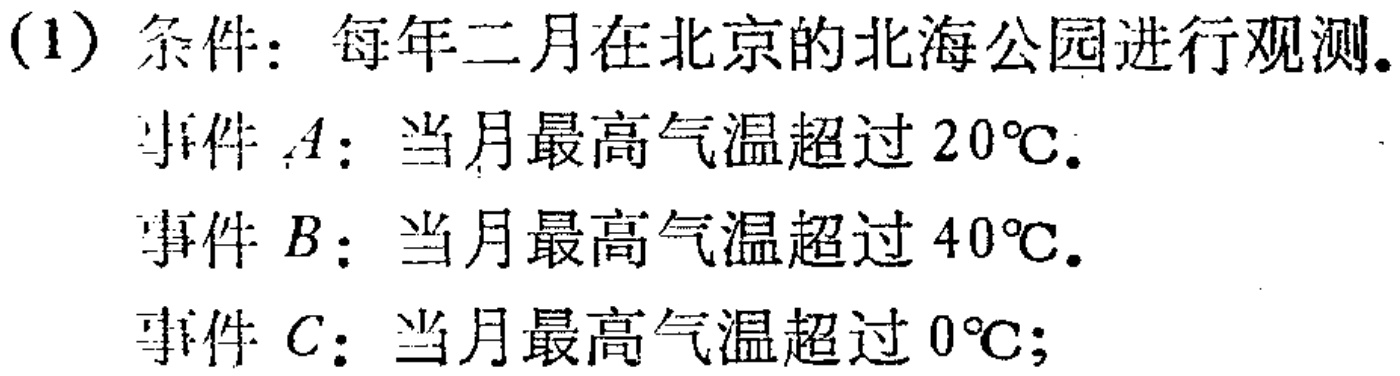
(1) 条件：每年二月在北京的北海公园进行观测.
事件 \(A\)：当月最高气温超过 \(20^{\circ}C\).
事件 \(B\)：当月最高气温超过 \(40^{\circ}C\).
事件 \(C\)：当月最高气温超过 \(0^{\circ}C\);